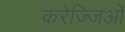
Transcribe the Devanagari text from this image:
करेज्जिओं